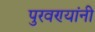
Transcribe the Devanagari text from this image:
पुरवण्यांनी